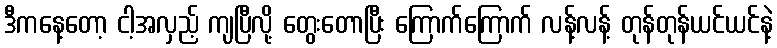
ဒီကနေ့တော့ ငါ့အလှည့် ကျပြီလို့ တွေးတောပြီး ကြောက်ကြောက် လန့်လန့် တုန်တုန်ယင်ယင်နဲ့